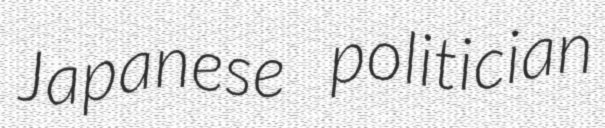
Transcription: Japanese politician